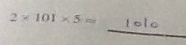
2 \times 1 0 1 \times 5 = 1 0 1 0